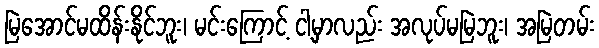
မြဲအောင်မထိန်းနိုင်ဘူး၊ မင်းကြောင့် ငါ့မှာလည်း အလုပ်မမြဲဘူး၊ အမြဲတမ်း